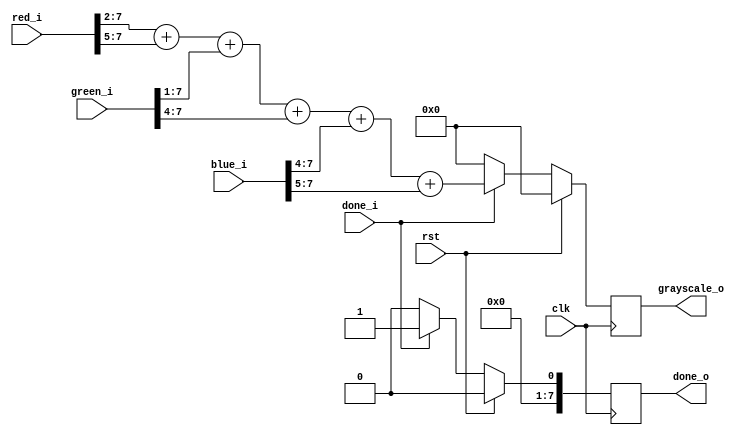
`timescale 1ns / 1ps
//////////////////////////////////////////////////////////////////////////////////
// Company: 
// Engineer: 
// 
// Design Name: 
// Module Name: rgb2gray
// Project Name: 
// Target Devices: 
// Tool Versions: 
// Description: 
// 
// Dependencies: 
// 
// Revision:
// Revision 0.01 - File Created
// Additional Comments:
// 
//////////////////////////////////////////////////////////////////////////////////


module rgb2gray(
    input clk,
    input rst,
    
    input [7:0] red_i,
    input [7:0] green_i,
    input [7:0] blue_i,
    
    input done_i,
    
    output reg [7:0] grayscale_o,
    output reg [7:0] done_o
    );
    
    always @(posedge clk) begin
        done_o <= 1'b1;
        if (rst) begin
            grayscale_o <= 8'b0000_0000;
            done_o <= 1'b0;
        end
        else begin
            if (done_i == 1) begin
                grayscale_o <= (red_i>>2)+(red_i>>5)+(green_i>>1)+(green_i>>4)+(blue_i>>4)  + (blue_i>>5);
                done_o <= 1'b1;
            end
            else begin
                grayscale_o <= 0;
                done_o <= 0;
            end
         end
     end
endmodule